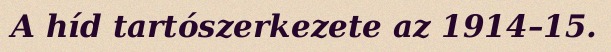
A híd tartószerkezete az 1914–15.